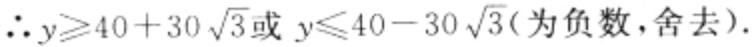
\(\therefore y\geqslant40 + 30\sqrt{3}或y\leqslant40 - 30\sqrt{3}(为负数，舍去).\)